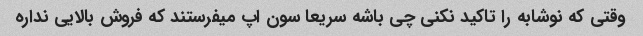
وقتی که نوشابه را تاکید نکنی چی باشه سریعا سون اپ میفرستند که فروش بالایی نداره